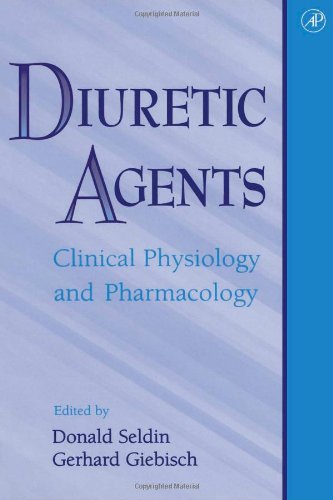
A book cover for Diuretic Agents: Clinical Physiology and Pharmacology; Medical Books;